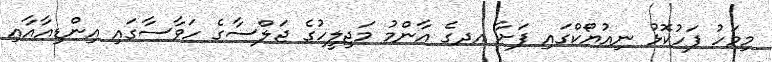
މިމަހު ފަހުކޮޅު ނިއުޔޯކްގައި ފަށާ އދގެ އާންމު މަޖިލީހުގެ ޖަލްސާގެ ހަވާސާގައި އިންޑިއާއާއި